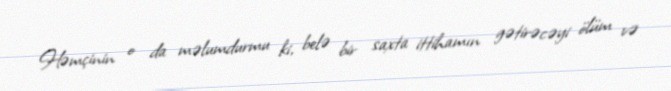
Həmçinin o da məlumdurmu ki, belə bir saxta ittihamın gətirəcəyi ölüm və